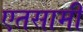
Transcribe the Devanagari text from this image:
एतसामी